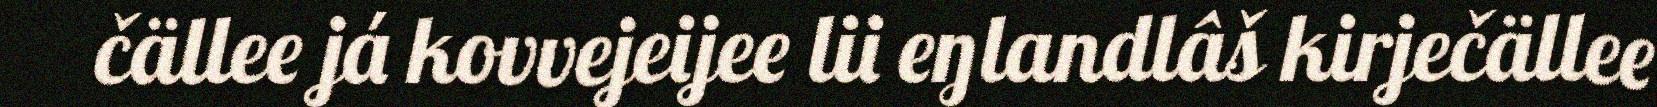
čällee já kovvejeijee lii eŋlandlâš kirječällee